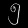
Digit: ၅